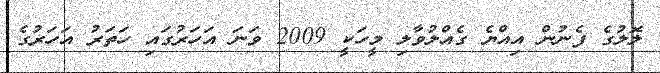
ލޮލުގެ ފެނުން އިއްޔެ ގެއްލުވާލި މީހަކީ 2009 ވަނަ އަހަރުގައި ހަތަރު އަހަރުގެ